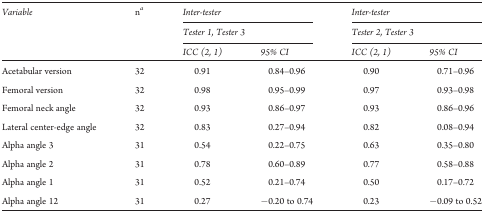
| <ROWSPAN=3> Variable | <ROWSPAN=3> na | <COLSPAN=2> Inter-tester | <COLSPAN=2> Inter-tester |
 | <COLSPAN=2> Tester 1, Tester 3 | <COLSPAN=2> Tester 2, Tester 3 |
 | ICC (2, 1) | 95% CI | ICC (2, 1) | 95% CI |
 | --- | --- | --- | --- | --- | --- |
 | Acetabular version | 32 | 0.91 | 0.84–0.96 | 0.90 | 0.71–0.96 |
 | Femoral version | 32 | 0.98 | 0.95–0.99 | 0.97 | 0.93–0.98 |
 | Femoral neck angle | 32 | 0.93 | 0.86–0.97 | 0.93 | 0.86–0.96 |
 | Lateral center-edge angle | 32 | 0.83 | 0.27–0.94 | 0.82 | 0.08–0.94 |
 | Alpha angle 3 | 31 | 0.54 | 0.22–0.75 | 0.63 | 0.35–0.80 |
 | Alpha angle 2 | 31 | 0.78 | 0.60–0.89 | 0.77 | 0.58–0.88 |
 | Alpha angle 1 | 31 | 0.52 | 0.21–0.74 | 0.50 | 0.17–0.72 |
 | Alpha angle 12 | 31 | 0.27 | −0.20 to 0.74 | 0.23 | −0.09 to 0.52 |